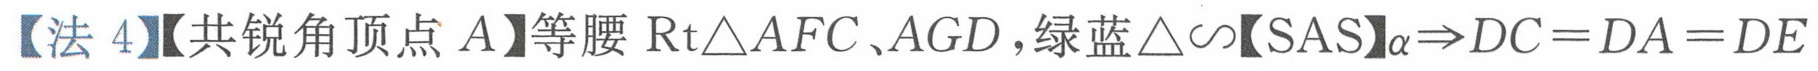
【法 4】【共锐角顶点 \(A\)】等腰 \(\mathrm{Rt}\triangle AFC\)、\(AGD\)，绿蓝\(\triangle\sim\)【SAS】\(\alpha\Rightarrow DC = DA = DE\)